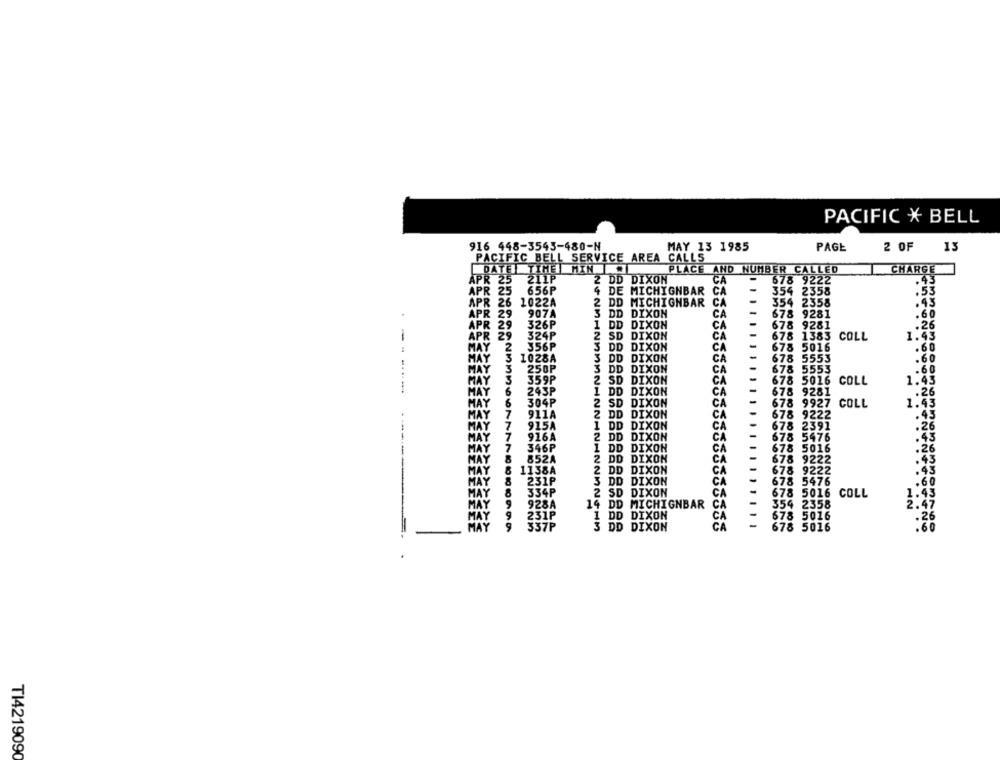
PACIFIC X BELL
916 448-3543-480-N
MAY 13 1985
PAGE
2 OF
13
PACIFIC BELL SERVICE AREA CALLS
DATEI TIME HIN
PLACE AND NUMBER CALLED
CHARGE
APR 25
211P
2 DD DIXON
CA
678 9222
APR 25
656P
-
354 2358
.
4 DE MICHIGNBAR
CA
.53
APR 26 1022A
2 DD MICHIGNBAR
CA
-
354 2358
43
-
APR 29
907A
3 DD DIXON
CA
678 9281
APR 29
326P
1 DD DIXON
CA
-
678 9281
PR
29
324P
2 SD DIXON
ČA
678 1383
COLL
2
356P
3 DD DIXON
CA
-
678 5016
1028A
-
678 5553
3 DD DIXON
CA
250P
3 DD DIXON
CA
678 5553
MAY
359P
2 SD DIXON
CA
678 5016 COLL
243P
1 DD DIXON
CA
678 9281
HAT
304P
2 SD DIXON
CA
-
678 9927 COLL
911A
2 DD DIXON
CA
678 9222
7
915A
1 DD DIXON
CA
7
678 2391
916A
2 DD DIXON
CA
678 5476
7
346P
1 DD DIXON
678 5016
CA
MA
852A
2 DD DIXON
CA
678 9222
MAY
1138A
2 DD DIXON
CA
678 9222
231P
3 DD DIXON
CA
678 5476
334P
2 SD DIXON
CA
-
678 5016 COLL
928A
14 DD MICHIGNBAR CA
CA
-
354 2358
67777666699
1 DD DIXON
CA
678 5016
-
37₽
3 DD DIXON
678 5016
T14219090